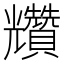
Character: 𧹍